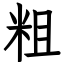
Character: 粗